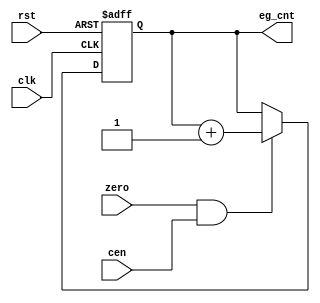
// This program was cloned from: https://github.com/va7deo/zerowing
// License: GNU General Public License v2.0

/*  This file is part of JTOPL.

	JTOPL is free software: you can redistribute it and/or modify
	it under the terms of the GNU General Public License as published by
	the Free Software Foundation, either version 3 of the License, or
	(at your option) any later version.

	JTOPL is distributed in the hope that it will be useful,
	but WITHOUT ANY WARRANTY; without even the implied warranty of
	MERCHANTABILITY or FITNESS FOR A PARTICULAR PURPOSE.  See the
	GNU General Public License for more details.

	You should have received a copy of the GNU General Public License
	along with JTOPL.  If not, see <http://www.gnu.org/licenses/>.

	Author: Jose Tejada Gomez. Twitter: @topapate
	Version: 1.0
    Date: 17-6-2020

	*/

module jtopl_eg_cnt(
	input             rst,
	input             clk,
	input             cen,
	input             zero,
	output reg [14:0] eg_cnt
);

always @(posedge clk, posedge rst) begin : envelope_counter
	if( rst ) begin
		eg_cnt		<=15'd0;
	end
	else begin
		if( zero && cen ) begin
			// envelope counter increases at each zero input
			// This is different from OPN/M where it increased
			// once every three zero inputs
			eg_cnt <= eg_cnt + 1'b1;
		end
	end
end

endmodule